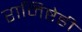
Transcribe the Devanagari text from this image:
रामिष्टेही